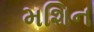
મશિન